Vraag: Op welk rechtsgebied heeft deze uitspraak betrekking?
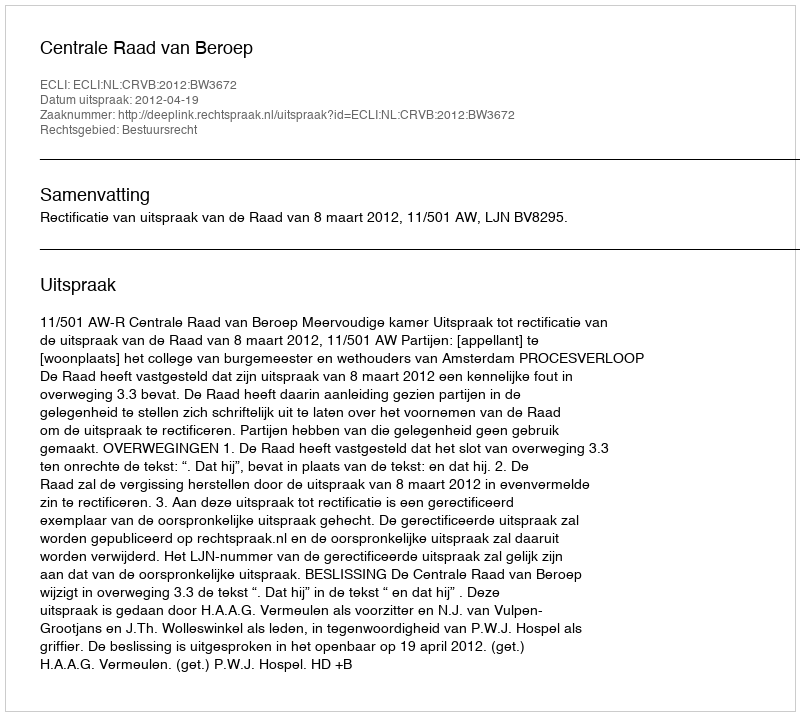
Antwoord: Bestuursrecht